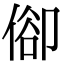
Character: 𠊬